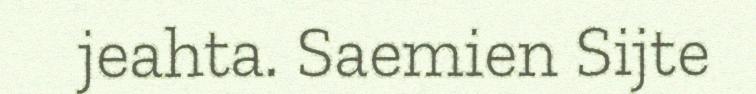
jeahta. Saemien Sijte